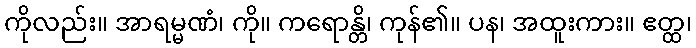
ကိုလည်း။ အာရမ္မဏံ၊ ကို။ ကရောန္တိ၊ ကုန်၏။ ပန၊ အထူးကား။ ဧတ္ထ၊